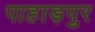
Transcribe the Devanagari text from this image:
पाहाड़पुर